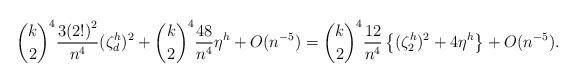
LaTeX: \begin{align*} {k \choose 2}^4 \frac{ 3 {(2!)}^2 }{n^{4}} (\zeta_d^h)^2 + {k \choose 2}^4 \frac{48}{n^4} \eta^h + O(n^{-5}) = {k \choose 2}^4\frac{12}{n^{4}}\left\{(\zeta_2^h)^2+ 4\eta^h\right\} + O(n^{-5}).\end{align*}